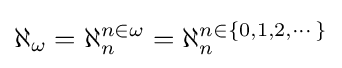
\aleph _{\omega }=\aleph _{n}^{n\in \omega }=\aleph _{n}^{n\in \{0,1,2,\cdots \}}